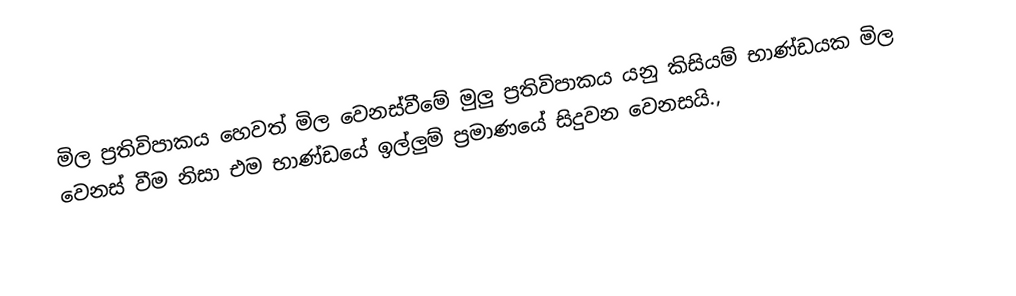
මිල ප්‍රතිවිපාකය හෙවත් මිල වෙනස්වීමේ මුලු ප්‍රතිවිපාකය යනු කිසියම් භාණ්ඩයක මිල වෙනස් වීම නිසා එම භාණ්ඩයේ ඉල්ලුම් ප්‍රමාණයේ සිදුවන වෙනසයි.,